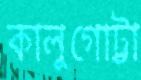
কালুগোট্টা